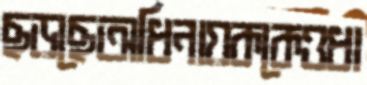
ছড়ছেঅধিনায়ককেওধা